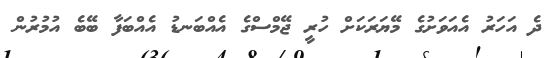
ދެ އަހަރު އެއަވަށުގެ މޭޔަރަކަށް ހުރީ ޖޭމްސްގެ އެއްބަނޑު އެއްބަފާ ބޭބެ އުމުރުން